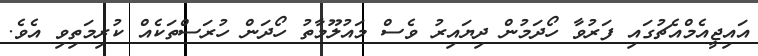
އައިޖީއެމްއެޗުގައި ފަރުވާ ހޯދަމުން ދިޔައިރު ވެސް މައުލޫމާތު ހޯދަން ހުރަސްތަކެއް ކުރިމަތިވި އެވެ.